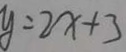
y = 2 x + 3